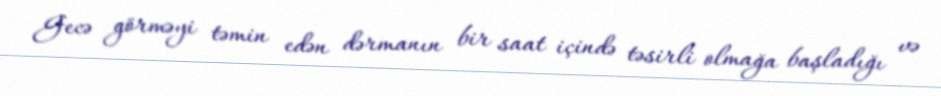
Gecə görməyi təmin edən dərmanın bir saat içində təsirli olmağa başladığı və